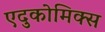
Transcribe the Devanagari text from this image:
एदुकोमिक्स